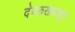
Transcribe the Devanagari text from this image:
देवरुखपासून